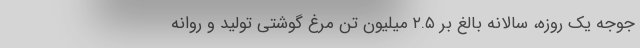
جوجه یک روزه، سالانه بالغ بر ۲.۵ میلیون تن مرغ گوشتی تولید و روانه